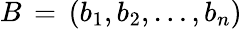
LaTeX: B\, =\, (b_{1},b_{2},\dots,b_{n})